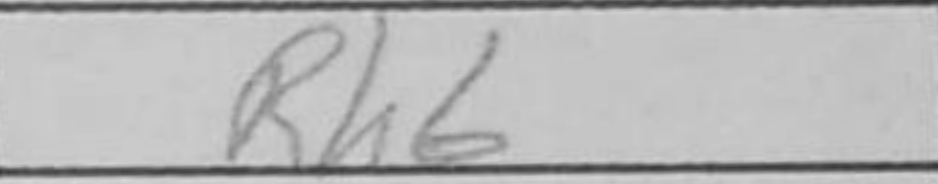
Transcription: Rh6